Newspaper: Willmar tribune. [volume]
Place of publication: Willmar, Minn.
Publisher: [publisher not identified]
Date: 1900-08-08 00:00:00
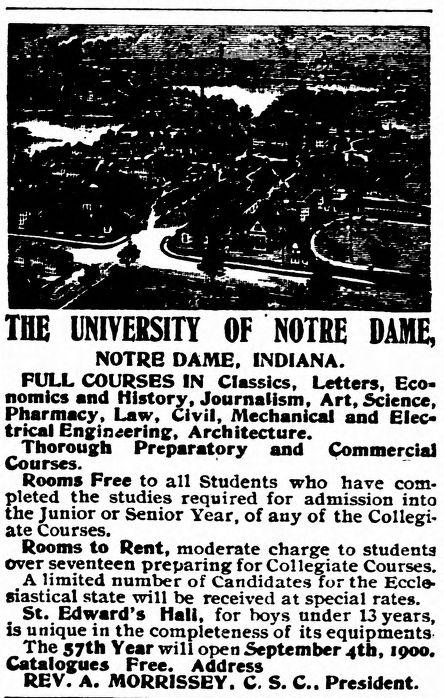
Advertisement text (OCR):
THE UNIVERSITY OF NOTRE DANE, NOTRE DAME. INDIANA. PULL COURSES IN Classics, Letters, Eco nomics and History, Journalism, Art, Science, Pharmacy, Law, Civil, Mechanical and Elec trical Engineering, Architecture. Thorough Preparatory and Commercial Courses. Rooms Free to all Students who have com pleted the studies required for admission into the Junior or Senior Year, of any of the Collegi ate Courses. Rooms to Rent, moderate charge to students over seventeen preparing for Collegiate Courses. A limited number of Candidates for the Eccle siastical state will be received at special rates. St. Edward's Hall, for boys under 13 years, is unique in the completeness of its equipments The 57th Year will open September 4th, 1000. Catalogues Free. Address REV. A. MORRISSEY. S. President.
Label: illustrations